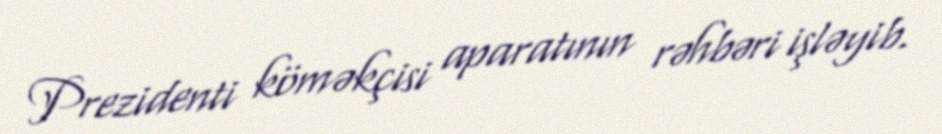
Prezidenti köməkçisi aparatının rəhbəri işləyib.